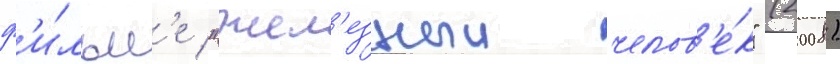
ф'и́льм'е "жел'езныи челов'е́к" (2008)